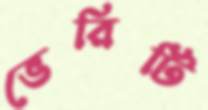
ভেরিটি